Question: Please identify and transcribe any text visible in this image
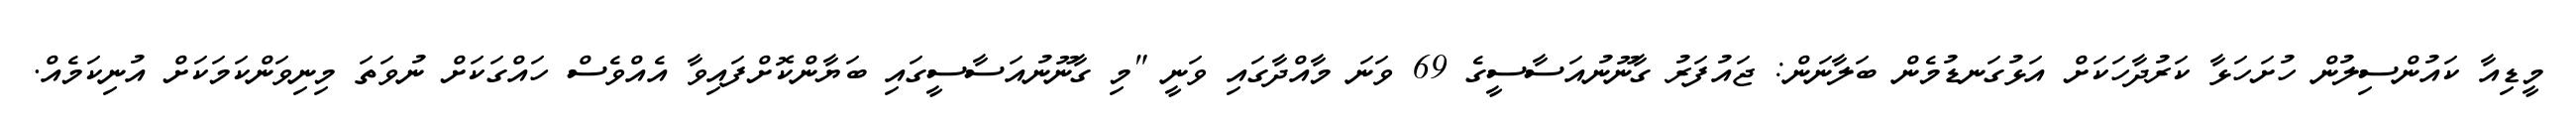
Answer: މީޑިއާ ކައުންސިލުން ހުށަހަޅާ ކަރުދާހަކަށް އަޅުގަނޑުމެން ބަލާނަން: ޖައުފަރު ގާނޫނުއަސާސީގެ 69 ވަނަ މާއްދާގައި ވަނީ "މި ގާނޫނުއަސާސީގައި ބަޔާންކޮށްފައިވާ އެއްވެސް ހައްގަކަށް ނުވަތަ މިނިވަންކަމަކަށް އުނިކަމެއް.